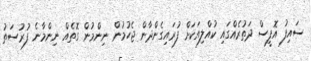
ސައިފު އޮފީސް ދަތުރެއްގައި ކުއްލިއަކަށް ފުރައިގެންދާން ޖެހުމުން ނިންމުން ގޮތެއް ނިންމާނެ ފުރުސަތު